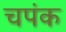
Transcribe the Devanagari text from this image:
चपंक